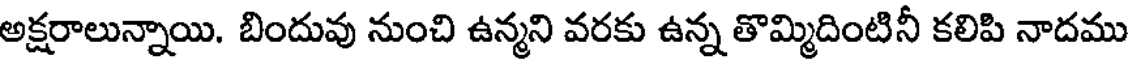
అక్షరాలున్నాయి. బిందువు నుంచి ఉన్మని వరకు ఉన్న తొమ్మిదింటినీ కలిపి నాదము